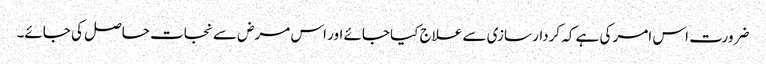
ضرورت اس امر کی ہے کہ کردار سازی سے علاج کیا جائے اور اس مرض سے نجات حاصل کی جائے۔